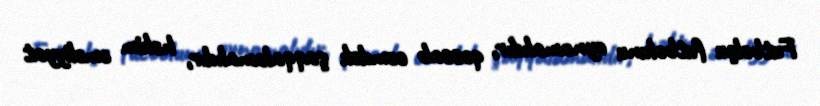
Futbolçu futbolunu oynamalıdır, qəssab cəmdək şaqqalamalıdır, həkim əməliyyat